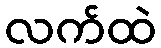
လက်ထဲ